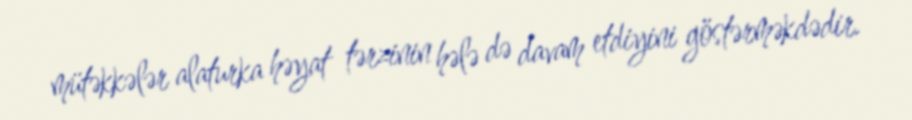
mütəkkələr alaturka həyat tərzinin hələ də davam etdiyini göstərməkdədir.